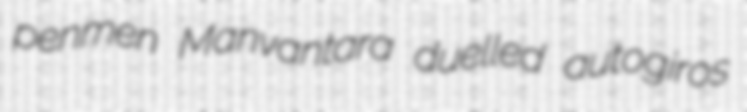
penmen Manvantara duelled autogiros